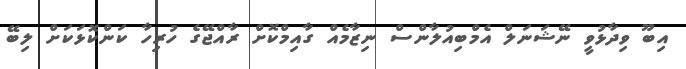
އިބޫ ވިދާޅުވީ ނޭޝަނަލް އެމްބިއުލާންސް ނިޒާމެއް ގާއިމްކޮށް ރާއްޖޭގެ ހުރިހާ ކަންކޮޅަކަށް ލިބޭ